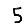
Digit: 5